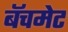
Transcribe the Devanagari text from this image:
बॅचमेट